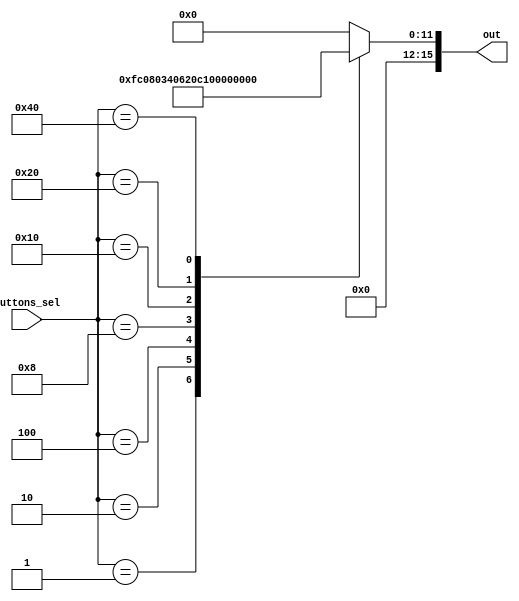
/*
   This file was generated automatically by the Mojo IDE version B1.3.6.
   Do not edit this file directly. Instead edit the original Lucid source.
   This is a temporary file and any changes made to it will be destroyed.
*/

module buttons_mux_39 (
    input [6:0] buttons_sel,
    output reg [15:0] out
  );
  
  
  
  always @* begin
    out = 16'h0000;
    
    case (buttons_sel)
      1'h1: begin
        out = 16'h0fc0;
      end
      2'h2: begin
        out = 16'h0803;
      end
      3'h4: begin
        out = 16'h0406;
      end
      4'h8: begin
        out = 16'h020c;
      end
      5'h10: begin
        out = 16'h0118;
      end
      6'h20: begin
        out = 16'h00b0;
      end
      7'h40: begin
        out = 16'h0061;
      end
    endcase
  end
endmodule